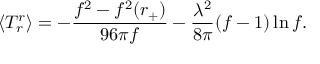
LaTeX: \langle T _ { r } ^ { r } \rangle = - { \frac { f ^ { 2 } - f ^ { 2 } ( r _ { + } ) } { 9 6 \pi f } } - { \frac { \lambda ^ { 2 } } { 8 \pi } } ( f - 1 ) \ln f .